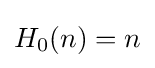
H_{0}(n)=n